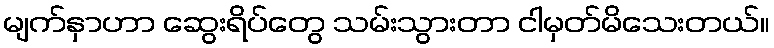
မျက်နှာဟာ ဆွေးရိပ်တွေ သမ်းသွားတာ ငါမှတ်မိသေးတယ်။